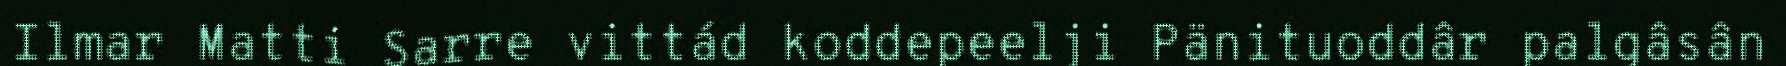
Ilmar Matti Sarre vittád koddepeelji Pänituoddâr palgâsân